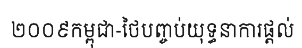
២០០៩កម្ពុជា-ថៃបញ្ចប់យុទ្ធនាការផ្តល់